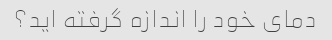
دمای خود را اندازه گرفته اید؟